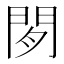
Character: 𬮈